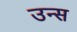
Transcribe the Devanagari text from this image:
उन्स